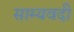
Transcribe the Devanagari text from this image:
साम्यवदी